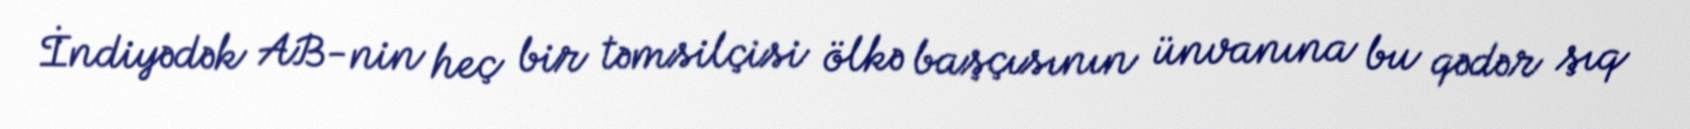
İndiyədək AB-nin heç bir təmsilçisi ölkə başçısının ünvanına bu qədər şıq